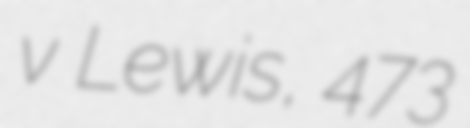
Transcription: v Lewis, 473